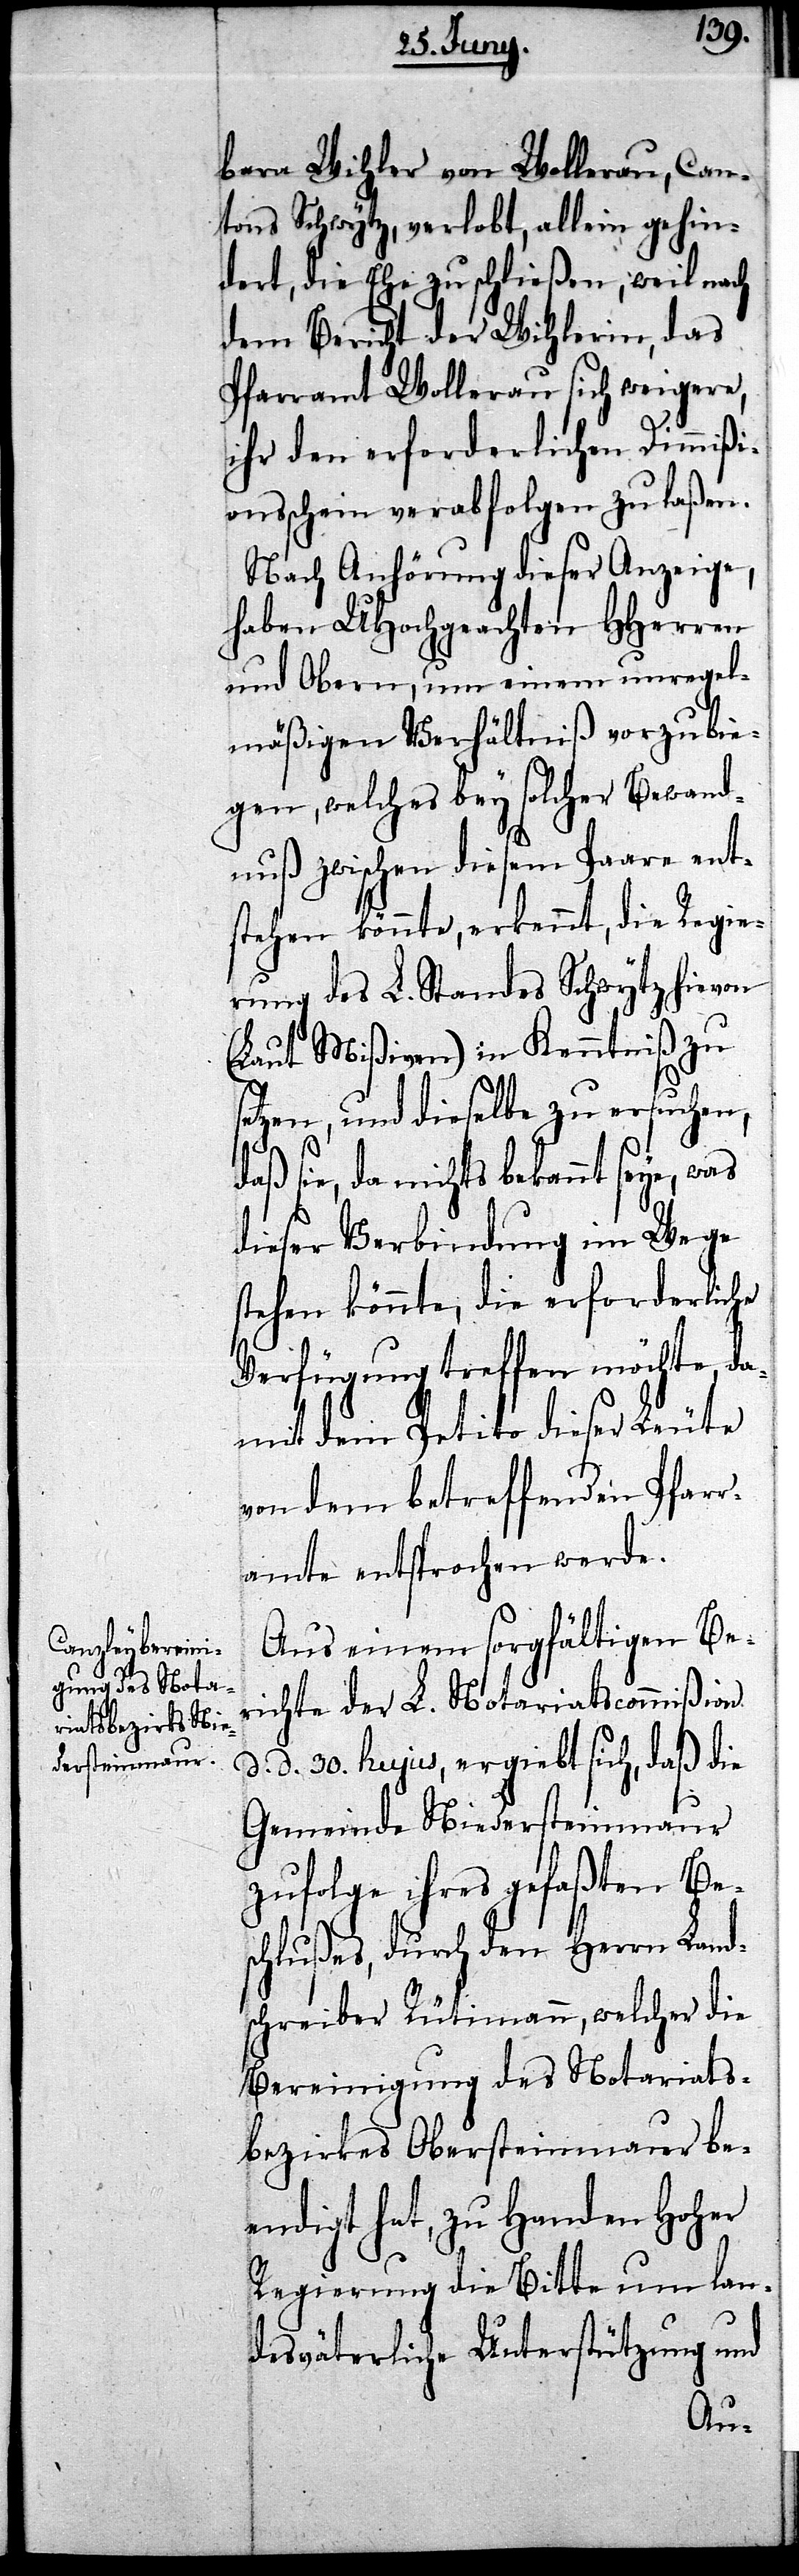
bara Wihler von Wollerau, Can¬
tons Schwytz, verlobt, allein gehin¬
dert, die Ehe zu schließen, weil nach
dem Bericht der Wihlerin, das
Pfarramt Wollerau sich weigere,
ihr den erforderlichen Dimmißi¬
onsschein verabfolgen zu laßen.
Nach Anhörung dieser Anzeige,
haben UHochgeachten HHerren
und Obern, um einem unregel¬
mäßigen Verhältniß vorzubie¬
gen, welches bey solcher Bewand¬
nuß zwischen diesem Paare ent¬
stehen könnte, erkennt, die Regie¬
rung des L. Standes Schwytz hievon
(laut Mißiven) in Kenntniß zu
setzen, und dieselbe zu ersuchen,
daß sie, da nichts bekannt seye, was
dieser Verbindung im Wege
stehen könnte, die erforderliche
Verfügung treffen möchte, da¬
mit dem Petito dieser Leute
von dem betreffenden Pfarr¬
amte entsprochen werde.
Aus einem sorgfältigen Ber¬
ichte der L. Notariatscommißion
d. 30. hujus, ergiebt sich, daß die
Gemeinde Niedersteinmaur
zufolge ihres gefaßten Be¬
schlußes, durch den Herrn Land¬
schreiber Rütimann, welcher die
Bereinigung des Notariats¬
bezirkes Obersteinmaur be¬
endigt hat, zu Handen Hoher
Regierung die Bitte um lan¬
desväterliche Unterstützung und